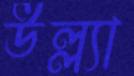
উল্ল্যা